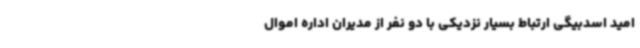
امید اسدبیگی ارتباط بسیار نزدیکی با دو نفر از مدیران اداره اموال